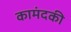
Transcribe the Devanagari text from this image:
कामंदकी